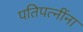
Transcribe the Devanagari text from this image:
पतिपत्‍नींना